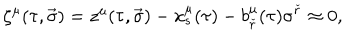
LaTeX: \zeta ^ { \mu } ( \tau , \vec { \sigma } ) = z ^ { \mu } ( \tau , \vec { \sigma } ) - x _ { s } ^ { \mu } ( \tau ) - b _ { \check { r } } ^ { \mu } ( \tau ) \sigma ^ { \check { r } } \approx 0 ,